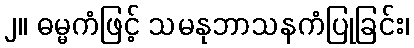
၂။ ဓမ္မကံဖြင့် သမနုဘာသနကံပြုခြင်း၊